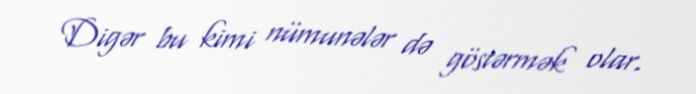
Digər bu kimi nümunələr də göstərmək olar.